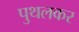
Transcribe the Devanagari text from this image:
पुथलकर